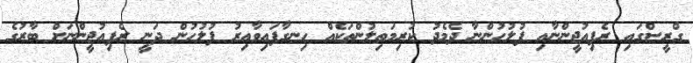
ގްރީސްގައި ރެފިއުޖީންނާއި ފުލުހުންނާ ދެމެދު ކުރިމަތިލުންތަކެއް ހިނގާފައިވާއިރު ފުލުހުން ދަނީ ރެފިއުޖީންނަށް ބާރުގެ